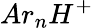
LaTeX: Ar_{n}H^{+}